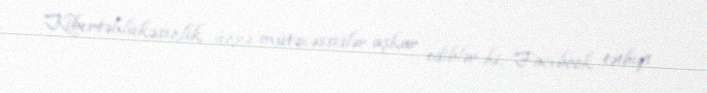
Kibertəhlükəsizlik üzrə mütəxəssislər aşkar ediblər ki, Facebook tətbiqi